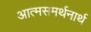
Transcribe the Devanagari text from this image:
आत्मसमर्थनार्थ